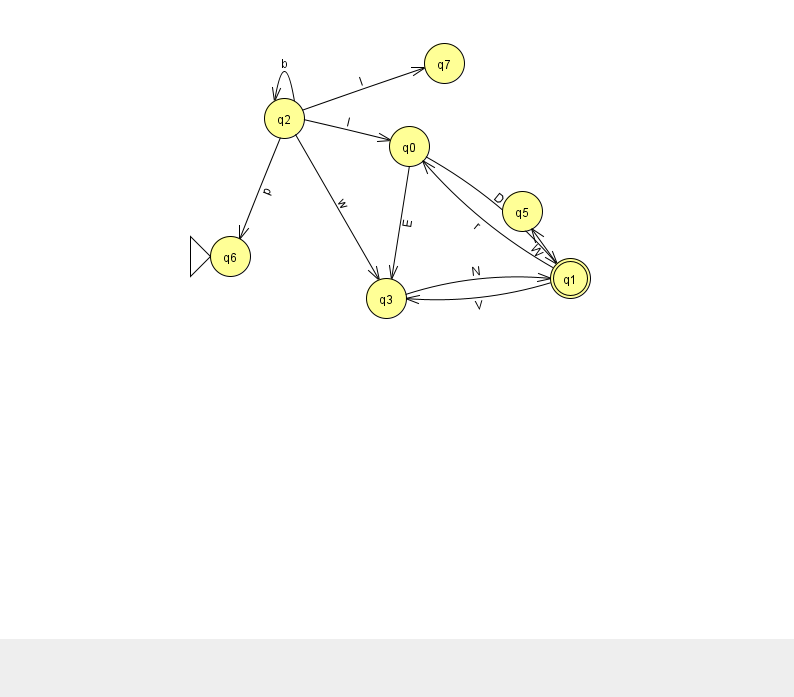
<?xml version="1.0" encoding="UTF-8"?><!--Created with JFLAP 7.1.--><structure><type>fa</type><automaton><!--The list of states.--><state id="0" name="q0"><x>409.0</x><y>133.0</y></state><state id="1" name="q1"><x>570.0</x><y>265.0</y><final/></state><state id="2" name="q2"><x>284.0</x><y>105.0</y></state><state id="3" name="q3"><x>386.0</x><y>285.0</y></state><state id="5" name="q5"><x>522.0</x><y>198.0</y></state><state id="6" name="q6"><x>230.0</x><y>243.0</y><initial/></state><state id="7" name="q7"><x>444.0</x><y>50.0</y></state><!--The list of transitions.--><transition><from>2</from><to>6</to><read>p</read></transition><transition><from>2</from><to>7</to><read>I</read></transition><transition><from>0</from><to>3</to><read>E</read></transition><transition><from>2</from><to>2</to><read>b</read></transition><transition><from>2</from><to>3</to><read>w</read></transition><transition><from>3</from><to>1</to><read>N</read></transition><transition><from>0</from><to>1</to><read>D</read></transition><transition><from>1</from><to>5</to><read>W</read></transition><transition><from>2</from><to>0</to><read>I</read></transition><transition><from>1</from><to>3</to><read>V</read></transition><transition><from>1</from><to>0</to><read>r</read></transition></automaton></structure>